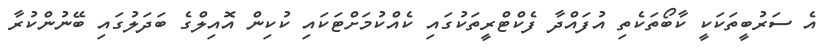
އެ ސަރުބީތަކަކީ ކާބޯތަކެތި އުފައްދާ ފެކްޓްރީތަކުގައި ކެއްކުމަށްޓަކައި ކުކިން އޮއިލްގެ ބަދަލުގައި ބޭނުންކުރާ